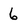
Character: 6